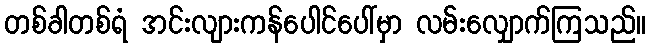
တစ်ခါတစ်ရံ အင်းလျားကန်ပေါင်ပေါ်မှာ လမ်းလျှောက်ကြသည်။